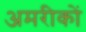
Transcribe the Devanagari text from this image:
अमरीकों